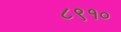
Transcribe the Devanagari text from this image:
८९१०